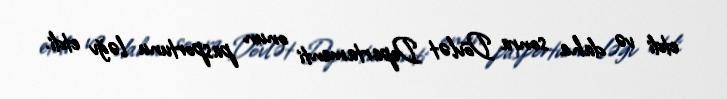
etdi və daha sonra Dövlət Departamenti onun pasportunu ləğv etdi.